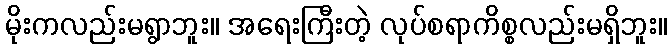
မိုးကလည်းမရွာဘူး။ အရေးကြီးတဲ့ လုပ်စရာကိစ္စလည်းမရှိဘူး။